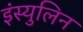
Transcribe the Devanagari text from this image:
इंस्युलिन